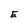
Character: E